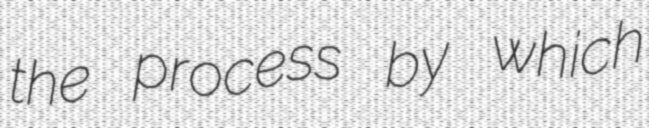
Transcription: the process by which